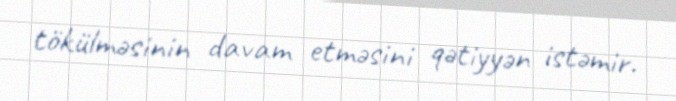
tökülməsinin davam etməsini qətiyyən istəmir.